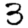
Digit: 3